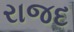
રાજદ